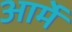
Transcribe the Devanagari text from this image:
आर्मे